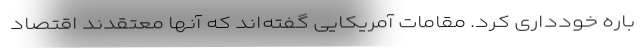
باره خودداری کرد. مقامات آمریکایی گفته‌اند که آنها معتقدند اقتصاد